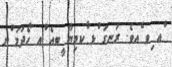
ްއ ިވ ެއވެ. ރަނގަ ުޅ ާކމިޔާ ީބއެ ްއ ހޯދުމަ ްށ